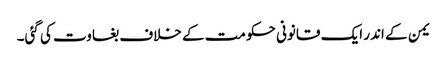
یمن کے اندر ایک قانونی حکومت کے خلاف بغاوت کی گئی۔